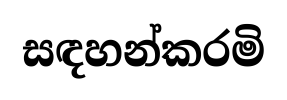
සඳහන්කරමි